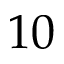
1 0